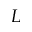
L